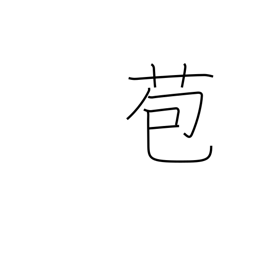
Meaning: bract